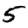
Digit: 5